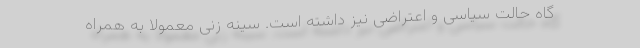
گاه حالت سیاسی و اعتراضی نیز داشته‌ است. سینه زنی معمولا به همراه